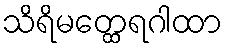
သိရိမတ္ထေရဂါထာ